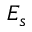
E _ { s }